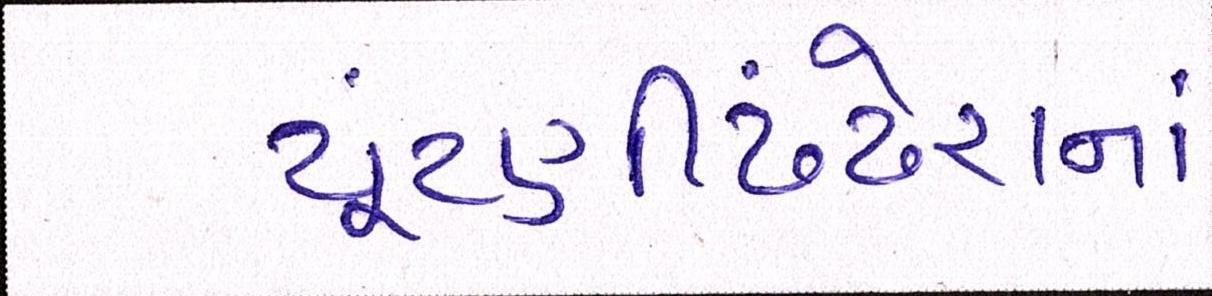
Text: ચૂંટણીઢંઢેરાનાં